Source: Handwritten
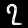
Digit: ၇ (7)